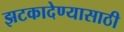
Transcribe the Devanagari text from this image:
झटकादेण्यासाठी